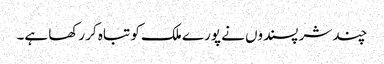
چند شر پسندوں نے پورے ملک کو تباہ کر رکھا ہے۔